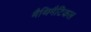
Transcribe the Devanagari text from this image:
मैथिमैटिकल